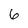
Character: 6